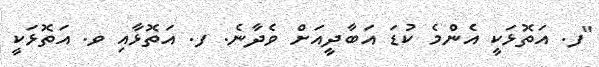
"ފ. އަތޮޅަކީ އެންމެ ކުޑަ އަބާދީއަށް ވެދާނެ. ފ. އަތޮޅާއި ވ. އަތޮޅަކީ